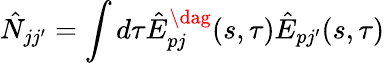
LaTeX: \hat{N}_{jj^{\prime}}=\int d\tau\hat{E}_{pj}^{\dag}(s,\tau)\hat{E}_{pj^{\prime}}(s,\tau)